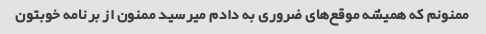
ممنونم که همیشه موقع‌های ضروری به دادم میرسید ممنون از برنامه خوبتون